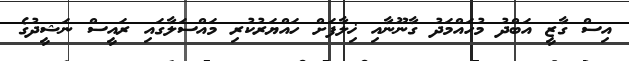
އިސް ގާޒީ އަބްދު މުހައްމަދު ގާނޫނާއި ޚިލާފަށް ހައްޔަރުކުރި މައްސަލާގައި ރައީސް ނަޝީދުގެ